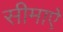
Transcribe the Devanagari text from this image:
सीमाऐ